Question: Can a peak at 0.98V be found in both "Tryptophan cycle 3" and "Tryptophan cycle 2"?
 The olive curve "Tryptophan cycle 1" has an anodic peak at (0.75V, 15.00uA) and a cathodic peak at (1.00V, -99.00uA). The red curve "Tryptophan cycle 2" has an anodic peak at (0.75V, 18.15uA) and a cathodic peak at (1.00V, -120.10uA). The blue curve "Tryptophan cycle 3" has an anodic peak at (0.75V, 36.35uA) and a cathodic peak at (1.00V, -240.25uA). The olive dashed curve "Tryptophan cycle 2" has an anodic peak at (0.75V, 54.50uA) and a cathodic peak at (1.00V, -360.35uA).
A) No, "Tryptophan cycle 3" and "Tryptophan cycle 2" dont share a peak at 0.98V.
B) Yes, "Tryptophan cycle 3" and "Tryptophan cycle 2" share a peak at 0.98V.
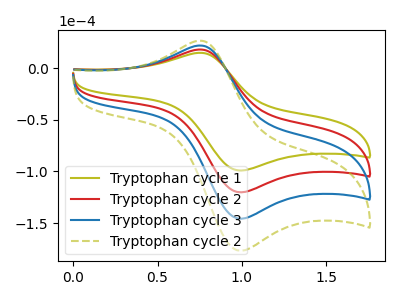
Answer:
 <answer>B) Yes, "Tryptophan cycle 3" and "Tryptophan cycle 2" share a peak at 0.98V.</answer>
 <eval>B</eval>